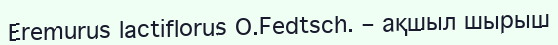
Eremurus lactiflorus O.Fedtsch. – ақшыл шырыш